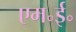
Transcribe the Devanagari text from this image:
एम॰ई॰